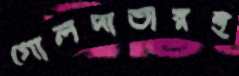
গোলদাতারই